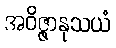
အဝိဇ္ဇာနုသယံ